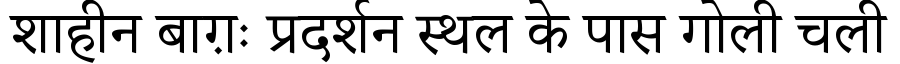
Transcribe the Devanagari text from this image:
शाहीन बाग़ः प्रदर्शन स्थल के पास गोली चली